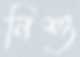
নিশু